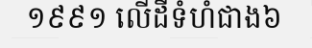
១៩៩១ លើដីទំហំជាង៦